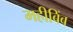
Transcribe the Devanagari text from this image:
महीबिंब